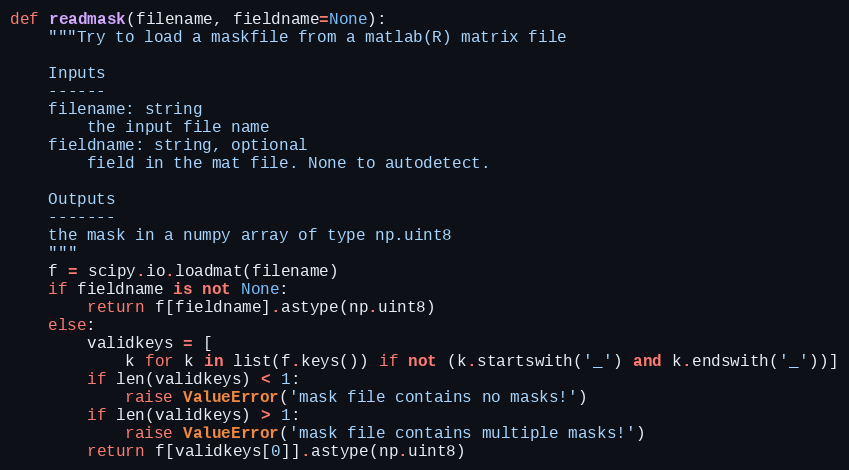
Language: Python
def readmask(filename, fieldname=None):
    """Try to load a maskfile from a matlab(R) matrix file

    Inputs
    ------
    filename: string
        the input file name
    fieldname: string, optional
        field in the mat file. None to autodetect.

    Outputs
    -------
    the mask in a numpy array of type np.uint8
    """
    f = scipy.io.loadmat(filename)
    if fieldname is not None:
        return f[fieldname].astype(np.uint8)
    else:
        validkeys = [
            k for k in list(f.keys()) if not (k.startswith('_') and k.endswith('_'))]
        if len(validkeys) < 1:
            raise ValueError('mask file contains no masks!')
        if len(validkeys) > 1:
            raise ValueError('mask file contains multiple masks!')
        return f[validkeys[0]].astype(np.uint8)